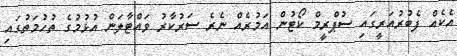
އެކެއް ފެބުރުއަރީގައި ސުޕްރީމް ކޯޓުން އަމުރެއް ނެރެ ސަރުކާރު ވައްޓާލަން އުޅުމުގެ ތުހުމަތުގައި